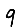
Digit: 9